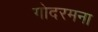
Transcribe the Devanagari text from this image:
गोदरमना